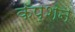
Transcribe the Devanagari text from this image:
कॅप्शन